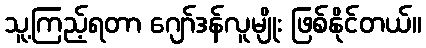
သူ့ကြည့်ရတာ ဂျော်ဒန်လူမျိုး ဖြစ်နိုင်တယ်။